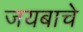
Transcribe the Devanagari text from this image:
जयबाचे